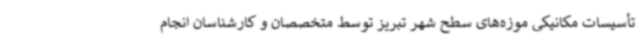
تأسیسات مکانیکی موزه‌های سطح شهر تبریز توسط متخصصان و کارشناسان انجام